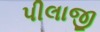
પીલાજી